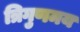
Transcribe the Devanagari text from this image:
त्रिगुणमय